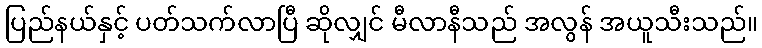
ပြည်နယ်နှင့် ပတ်သက်လာပြီ ဆိုလျှင် မီလာနီသည် အလွန် အယူသီးသည်။